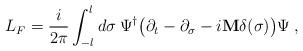
LaTeX: \begin{align*}L_F = \frac{i}{2\pi} \int_{-l}^{l} d\sigma\>\Psi^\dagger \bigl(\partial_t - \partial_\sigma - i {\bf M} \delta(\sigma) \bigr) \Psi \>,\end{align*}